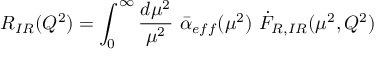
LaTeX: R _ { I R } ( Q ^ { 2 } ) = \int _ { 0 } ^ { \infty } { \frac { d \mu ^ { 2 } } { \mu ^ { 2 } } } \ \bar { \alpha } _ { e f f } ( \mu ^ { 2 } ) \ \dot { { \cal F } } _ { R , I R } ( \mu ^ { 2 } , Q ^ { 2 } )